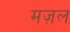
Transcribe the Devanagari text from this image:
मज़ल